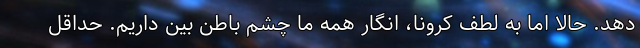
دهد. حالا اما به لطف کرونا، انگار همه ما چشم باطن بین داریم. حداقل